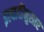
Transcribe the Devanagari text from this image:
इत्यादींनुसार